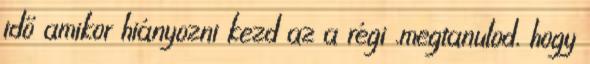
idő amikor hiányozni kezd az a régi .megtanulod, hogy